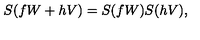
S ( f W + h V ) = S ( f W ) S ( h V ) ,